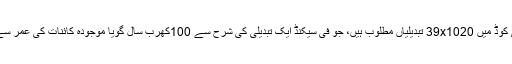
اَمیبا سے کیڑا بننے تک اِرتقاء کے لئے جینی کوڈ میں 39x1020 تبدیلیاں مطلوب ہیں، جو فی سیکنڈ ایک تبدیلی کی شرح سے 100کھرب سال گویا موجودہ کائنات کی عمر سے 500گنا زیادہ وقت میں مکمل ہوسکتی ہیں۔